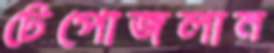
টেপোজলান